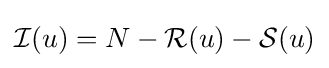
{\mathcal {I}}(u)=N-{\mathcal {R}}(u)-{\mathcal {S}}(u)